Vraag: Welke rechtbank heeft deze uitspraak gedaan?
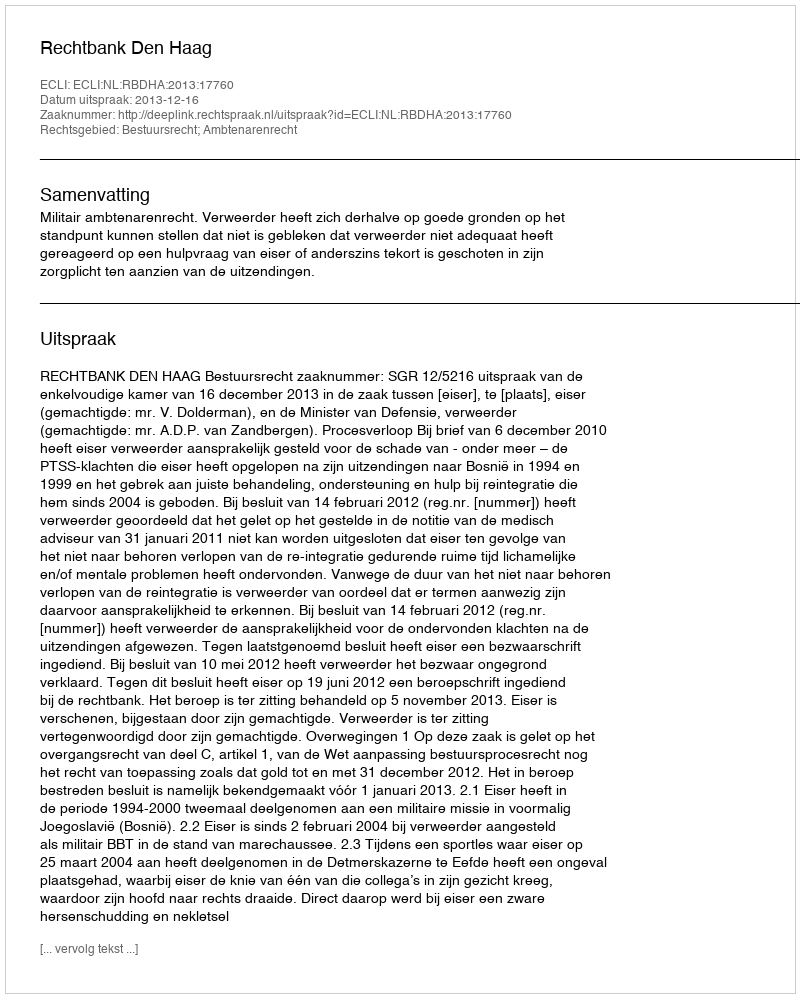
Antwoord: Rechtbank Den Haag